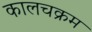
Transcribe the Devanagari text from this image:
कालचक्रम